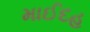
માઈદહ